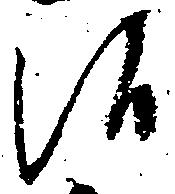
候